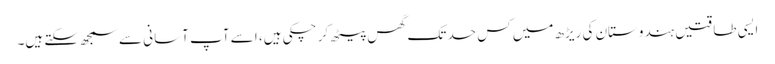
ایسی طاقتیں ہندوستان کی ریڑھ میں کس حد تک گھس پیٹھ کر چکی ہیں، ا سے آپ آسانی سے سمجھ سکتے ہیں۔